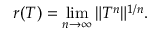
r ( T ) = \operatorname* { l i m } _ { n \to \infty } \| T ^ { n } \| ^ { 1 / n } .